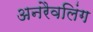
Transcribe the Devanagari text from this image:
अनरैवलिंग